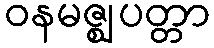
ဝနမဇ္ဈပတ္တာ